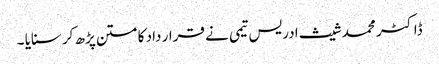
ڈاکٹر محمد شیث ادریس تیمی نے قرار داد کا متن پڑھ کر سنایا ۔